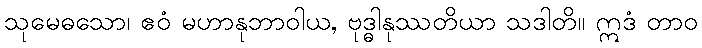
သုမေဓသော၊ ဧဝံ မဟာနုဘာဝါယ, ဗုဒ္ဓါနုဿတိယာ သဒါတိ။ ဣဒံ တာဝ